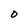
Character: O